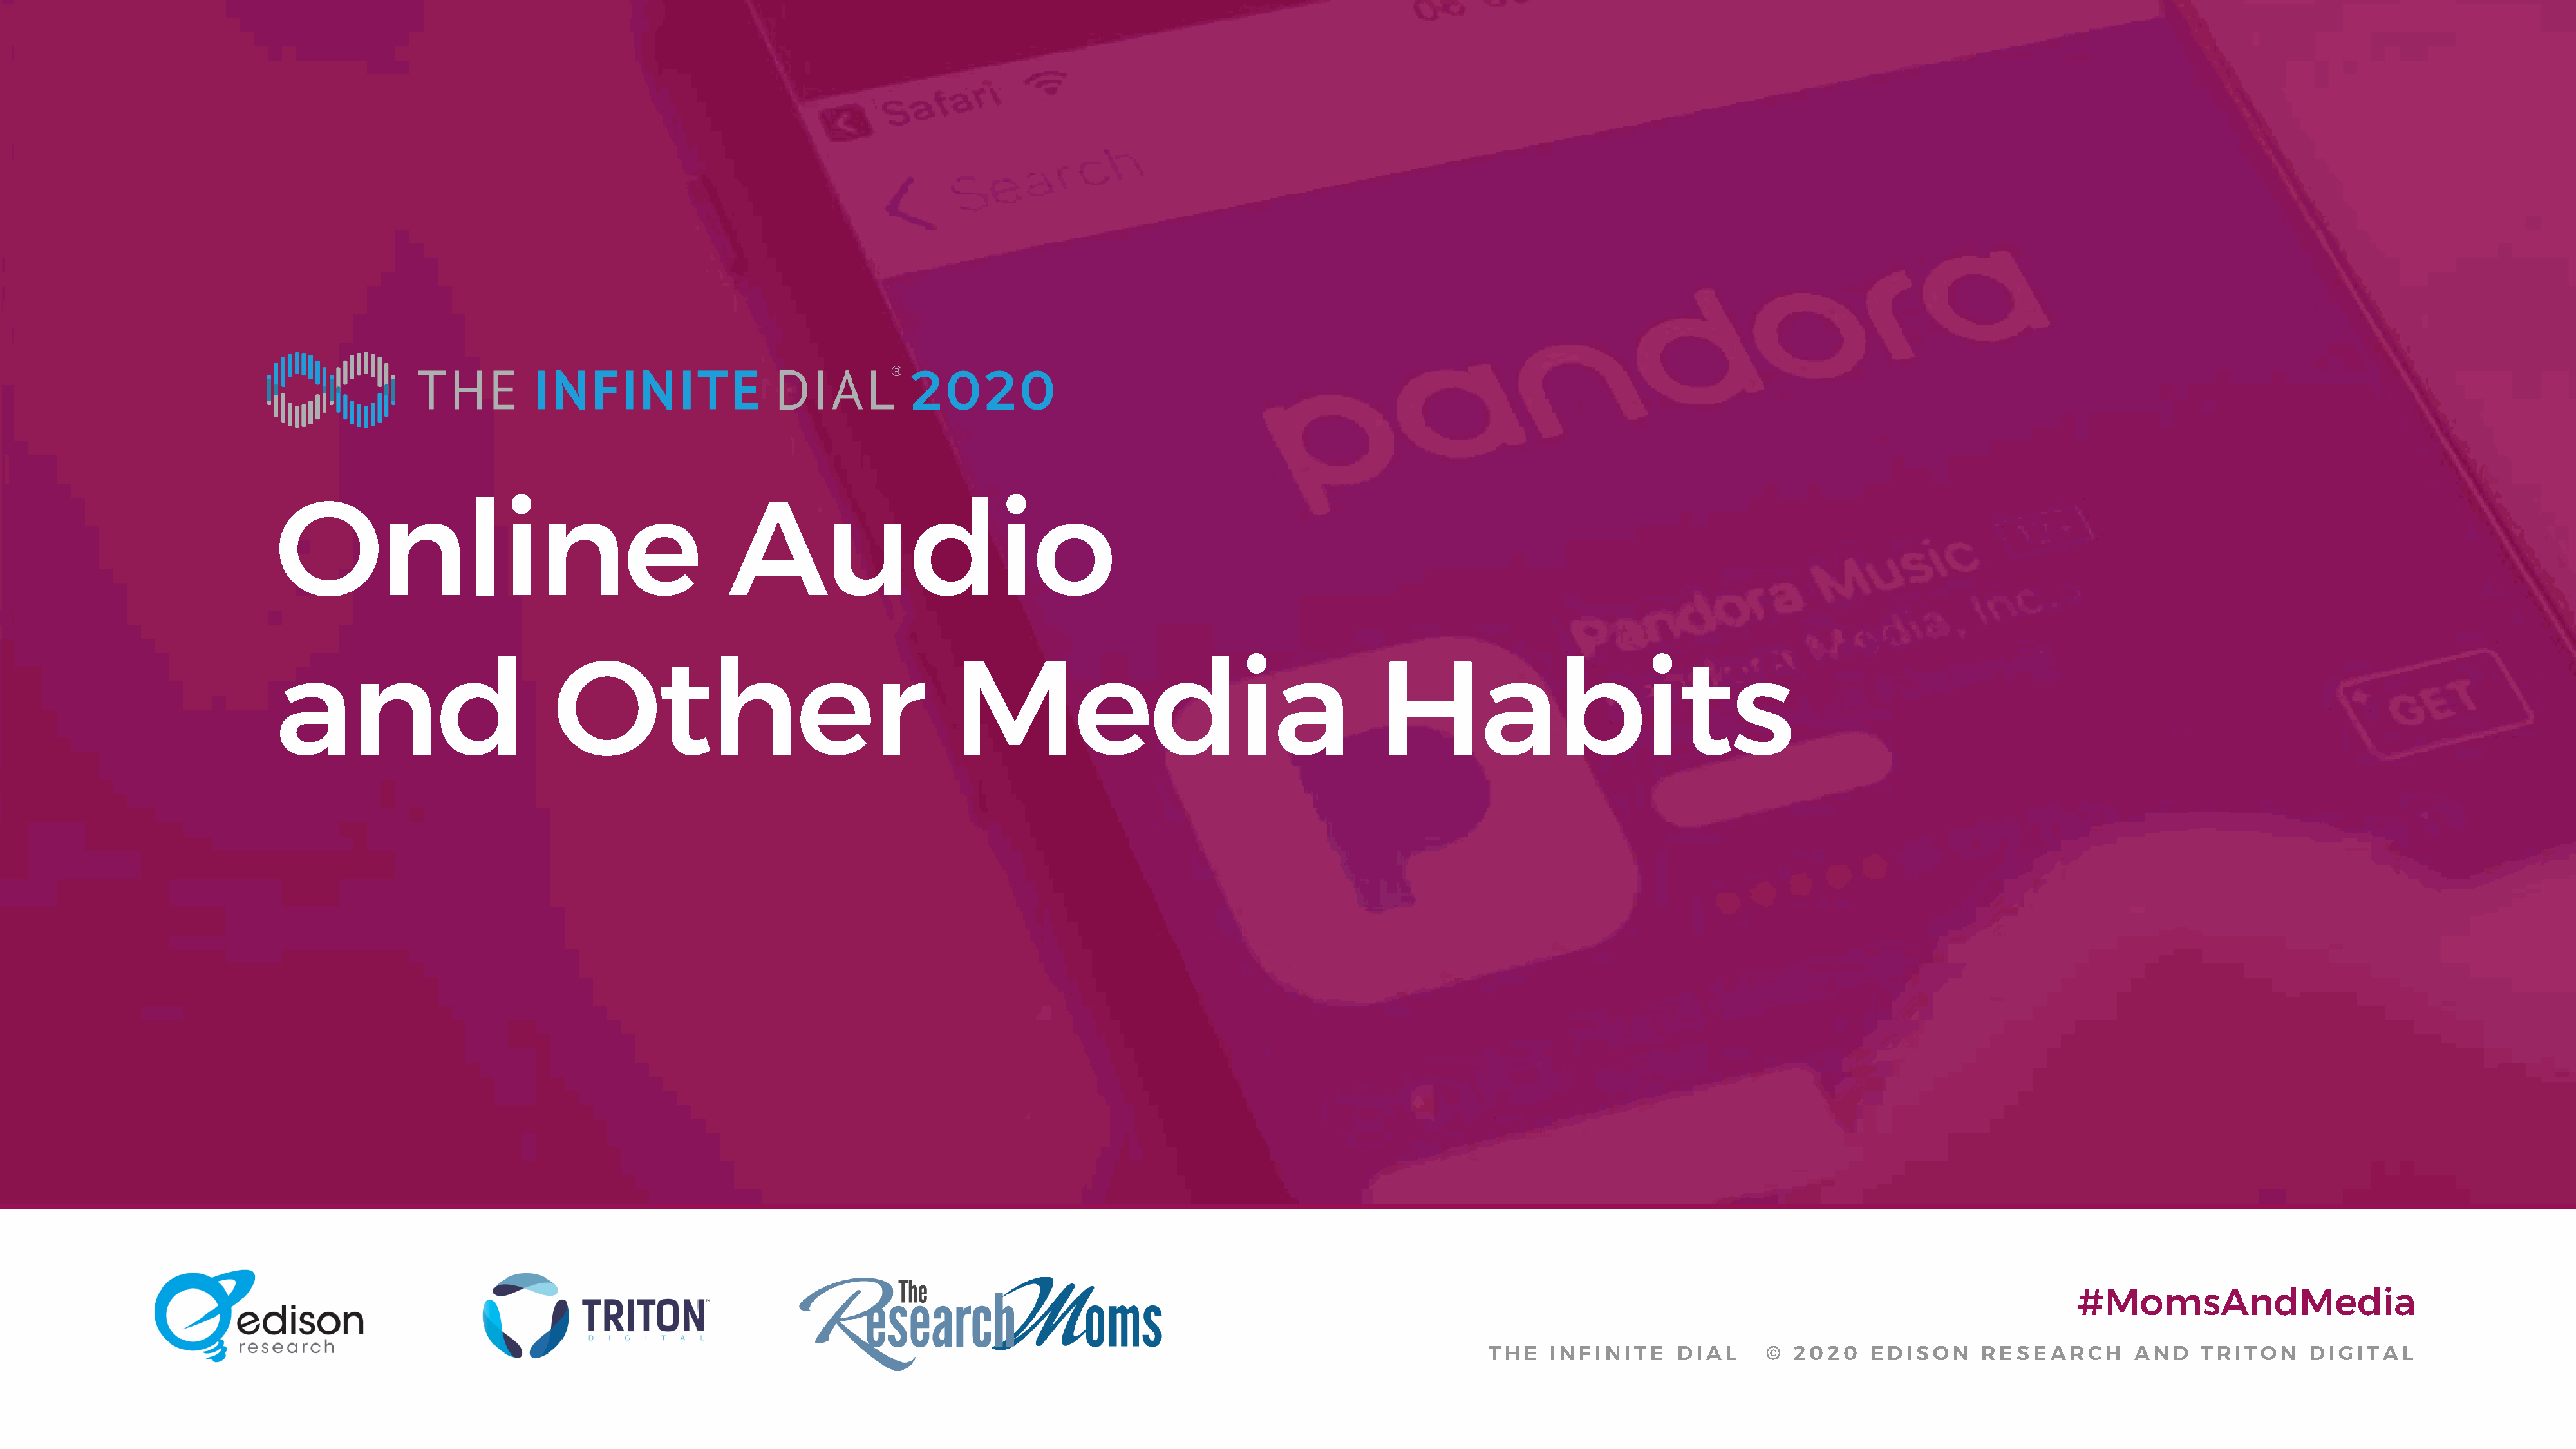
Online                                         Audio
 and                          Other                                    Media                                       Habits
 #MomsAndMedia
 THE   INFINITE     DIAL      © 2020    EDISON      RESEARCH       AND    TRITON     DIGITAL